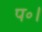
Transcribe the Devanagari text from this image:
प॰।